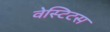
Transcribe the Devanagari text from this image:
वेस्टिटस